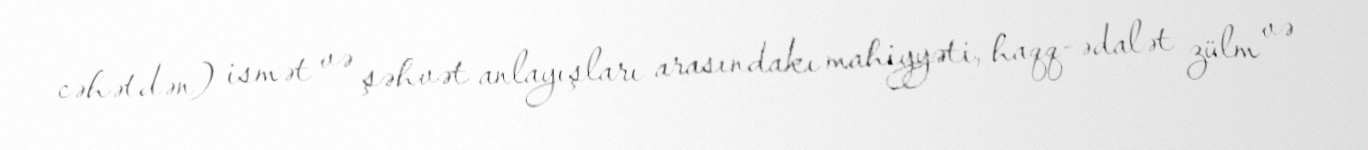
cəhətdən) ismət və şəhvət anlayışları arasındakı mahiyyəti, haqq-ədalət zülm və